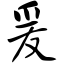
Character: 爰